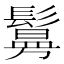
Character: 𫙃